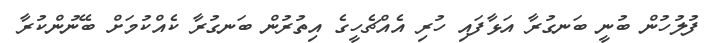
ފުލުހުން ބުނީ ބަނގުރާ އަޅާފައި ހުރި އެއްޗެހީގެ އިތުރުން ބަނގުރާ ކެއްކުމަށް ބޭނުންކުރާ